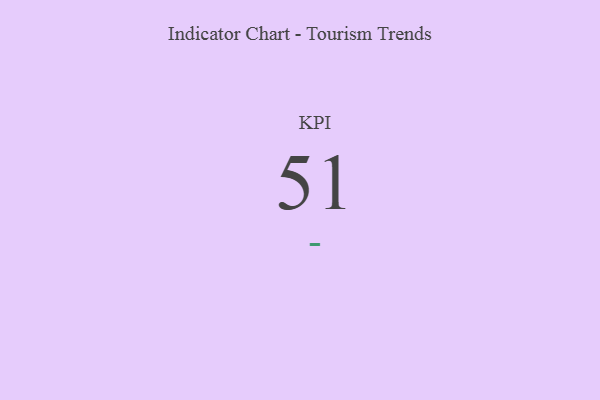
{"axis": {"x": "KPI", "y": "Value"}, "legend": [""], "data": [{"x": "KPI", "y": 51, "type": ""}]}